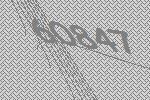
60847